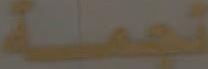
تجمة